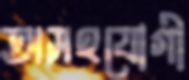
অসহযোগী